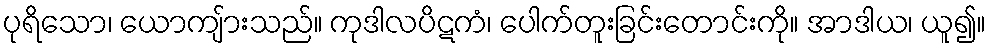
ပုရိသော၊ ယောကျ်ားသည်။ ကုဒါလပိဋကံ၊ ပေါက်တူးခြင်းတောင်းကို။ အာဒါယ၊ ယူ၍။